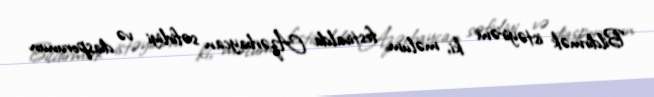
Bildirmək istəyirəm ki, məlum festivalda Azərbaycan səfirliyi və diasporunun